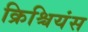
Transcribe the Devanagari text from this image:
क्रिश्चियंस